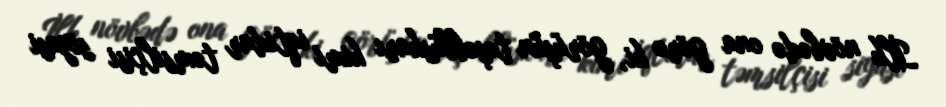
İlk növbədə ona görə ki, görüşün təşəbbüskarı kimi iqtidar təmsilçisi siyasi